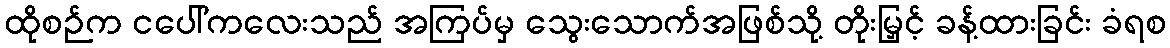
ထိုစဉ်က ငပေါ်ကလေးသည် အကြပ်မှ သွေးသောက်အဖြစ်သို့ တိုးမြှင့် ခန့်ထားခြင်း ခံရစ